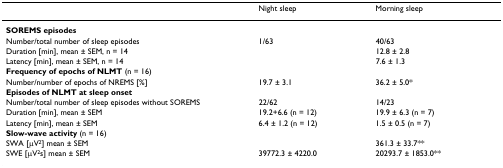
<table><thead><tr><td>[EMPTY_CELL]</td><td><b>Night sleep</b></td><td><b>Morning sleep</b></td></tr></thead><tbody><tr><td colspan="3"><b>SOREMS episodes</b></td></tr><tr><td>Number/total number of sleep episodes</td><td>1/63</td><td>40/63</td></tr><tr><td>Duration [min], mean ± SEM, n = 14</td><td>[EMPTY_CELL]</td><td>12.8 ± 2.8</td></tr><tr><td>Latency [min], mean ± SEM, n = 14</td><td>[EMPTY_CELL]</td><td>7.6 ± 1.3</td></tr><tr><td colspan="3"><b>Frequency of epochs of NLMT </b>(n = 16)</td></tr><tr><td>Number/number of epochs of NREMS [%]</td><td>19.7 ± 3.1</td><td>36.2 ± 5.0*</td></tr><tr><td colspan="3"><b>Episodes of NLMT at sleep onset</b></td></tr><tr><td>Number/total number of sleep episodes without SOREMS</td><td>22/62</td><td>14/23</td></tr><tr><td>Duration [min], mean ± SEM</td><td>19.2+6.6 (n = 12)</td><td>19.9 ± 6.3 (n = 7)</td></tr><tr><td>Latency [min], mean ± SEM</td><td>6.4 ± 1.2 (n = 12)</td><td>1.5 ± 0.5 (n = 7)</td></tr><tr><td colspan="3"><b>Slow-wave activity </b>(n = 16)</td></tr><tr><td>SWA [μV<sup>2</sup>] mean ± SEM</td><td>[EMPTY_CELL]</td><td>361.3 ± 33.7**</td></tr><tr><td>SWE [μV<sup>2</sup>s] mean ± SEM</td><td>39772.3 ± 4220.0</td><td>20293.7 ± 1853.0**</td></tr></tbody></table>